Problem: 27 + 16 = ?
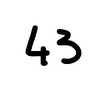
Handwritten answer: 43